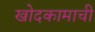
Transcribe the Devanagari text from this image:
खोदकामाची